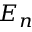
E _ { n }